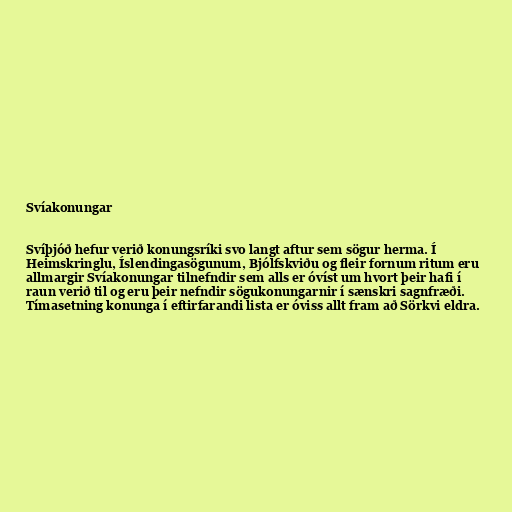
Svíakonungar

Svíþjóð hefur verið konungsríki svo langt aftur sem sögur herma. Í
Heimskringlu, Íslendingasögunum, Bjólfskviðu og fleir fornum ritum eru
allmargir Svíakonungar tilnefndir sem alls er óvíst um hvort þeir hafi í
raun verið til og eru þeir nefndir sögukonungarnir í sænskri sagnfræði.
Tímasetning konunga í eftirfarandi lista er óviss allt fram að Sörkvi eldra.